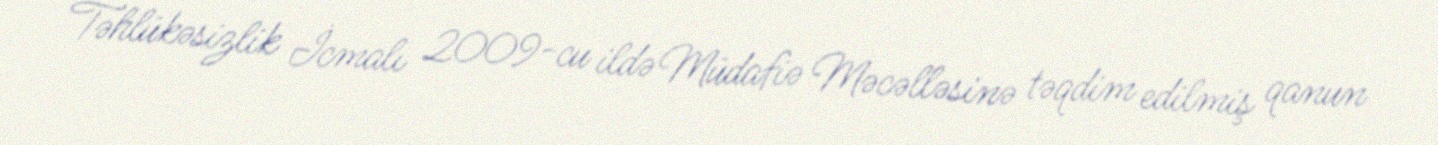
Təhlükəsizlik İcmalı 2009-cu ildə Müdafiə Məcəlləsinə təqdim edilmiş qanun